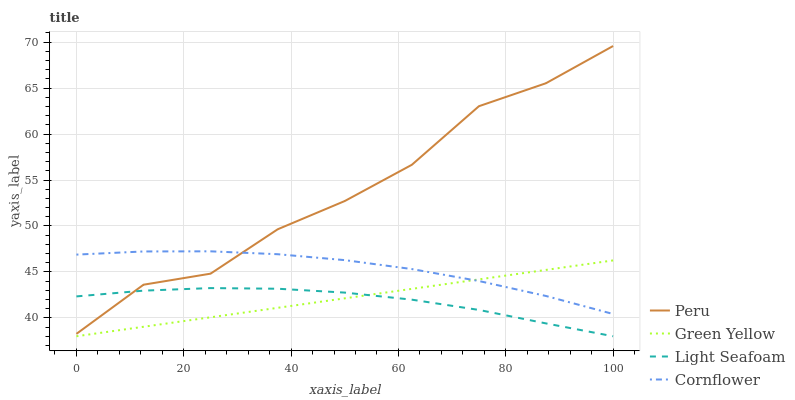
| xaxis_label | Peru | Green Yellow | Light Seafoam | Cornflower |
 | --- | --- | --- | --- | --- |
 | 0 | 38.3 | 38 | 42.3 | 46.9 |
 | 12.5 | 43.6 | 39 | 43 | 47.2 |
 | 25 | 44.8 | 40.1 | 43.2 | 47.2 |
 | 37.5 | 49.6 | 41.1 | 43.2 | 46.9 |
 | 50 | 52.7 | 42.1 | 42.8 | 46.3 |
 | 62.5 | 56.7 | 43.2 | 42 | 45.3 |
 | 75 | 63 | 44.2 | 40.9 | 44 |
 | 87.5 | 65.5 | 45.2 | 39.4 | 42.4 |
 | 100 | 69.6 | 46.3 | 38 | 40.4 |